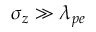
\sigma _ { z } \gg \lambda _ { p e }